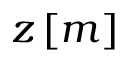
z \, [ m ]